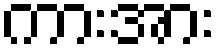
ကားအား